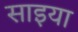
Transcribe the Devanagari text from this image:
साइया